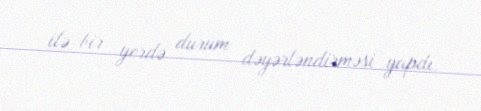
ilə bir yerdə durum dəyərləndirməsi yapdı.